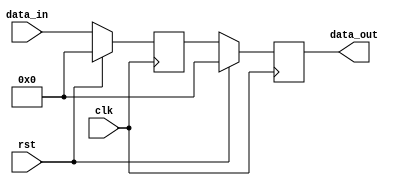
module sync_reset_block (
    input wire clk,           // Clock input
    input wire rst,           // Active high reset input
    input wire [7:0] data_in, // Example data input
    output reg [7:0] data_out // Example data output
);

// Internal state register
reg [7:0] state;

// Synchronous reset and state update logic
always @(posedge clk) begin
    if (rst) begin
        // Reset state to zero or a predefined value
        state <= 8'b0; // Resetting to zero
        data_out <= 8'b0; // Resetting output to zero
    end else begin
        // Normal operation logic
        state <= data_in; // Example operation: capturing input data
        data_out <= state; // Example output assignment
    end
end

endmodule